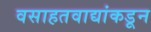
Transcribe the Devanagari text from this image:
वसाहतवाद्यांकडून